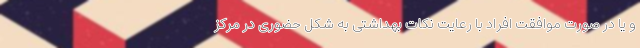
و یا در صورت موافقت افراد با رعایت نکات بهداشتی به شکل حضوری در مرکز